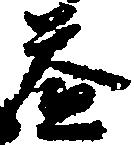
益